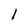
Character: I